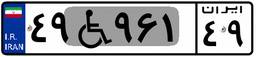
۴۹W۹۶۱۴۹